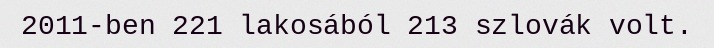
2011-ben 221 lakosából 213 szlovák volt.